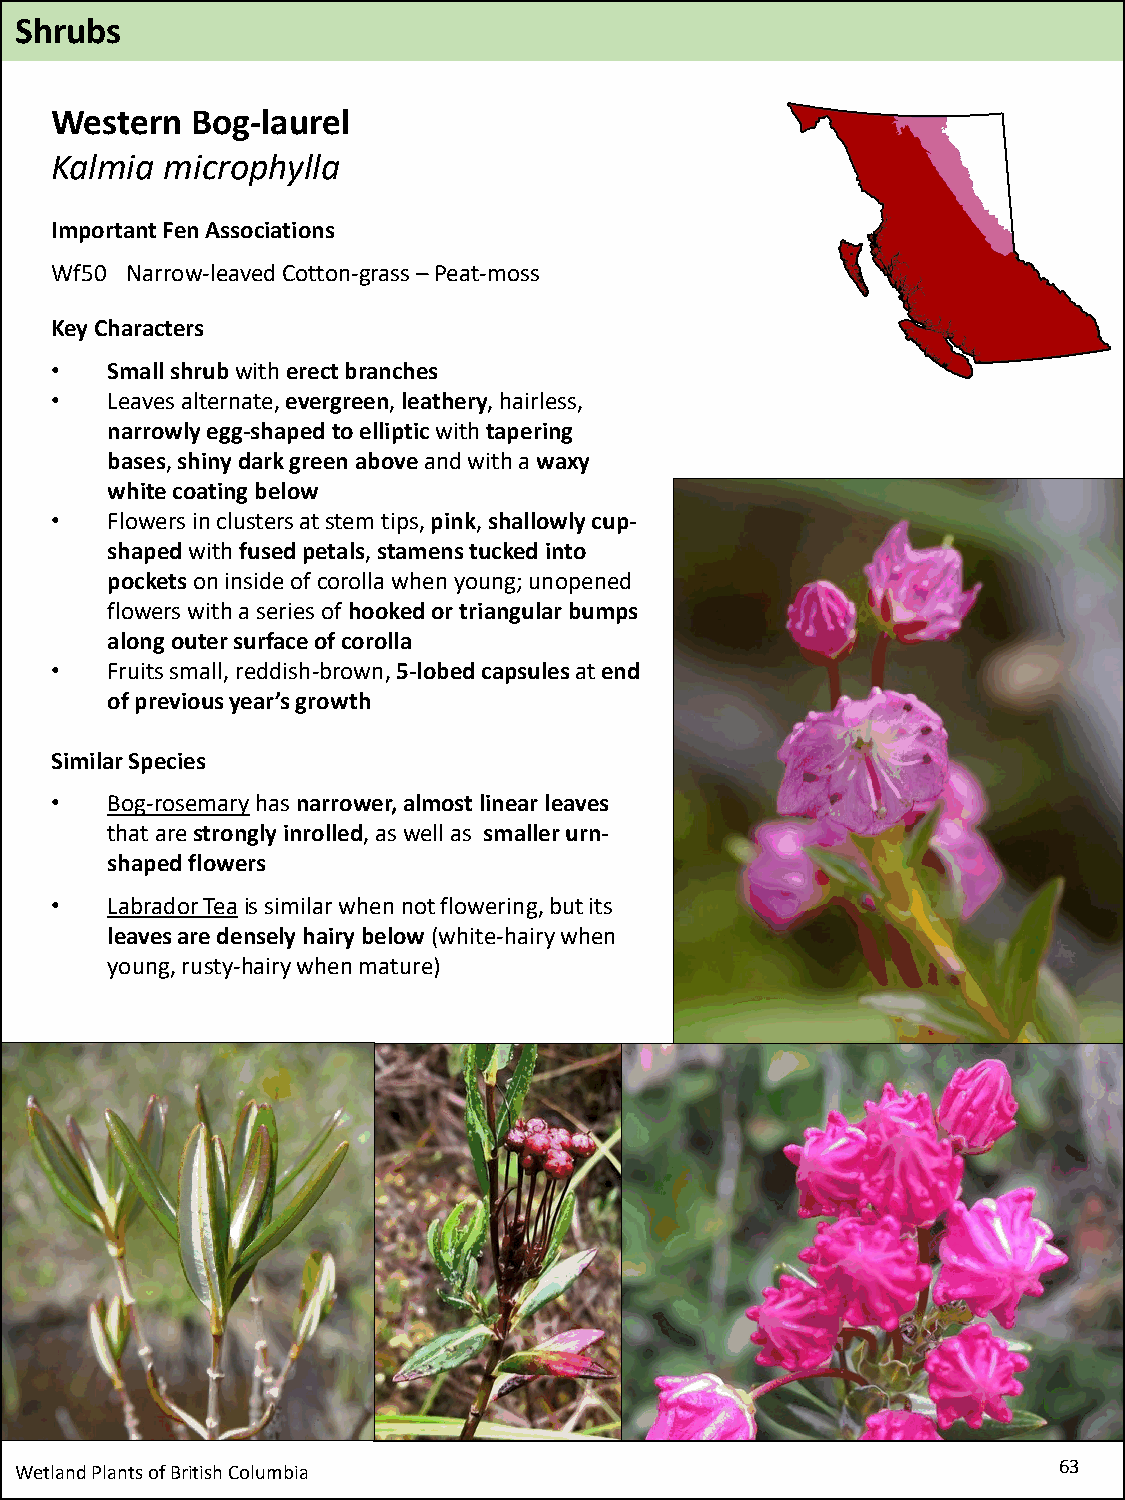
Shrubs
 Western   Bog-laurel
 Kalmia  microphylla
 Important Fen Associations
 Wf50 Narrow-leaved Cotton-grass –Peat-moss
 Key Characters
 •   Small shrubwith erect branches
 •   Leaves alternate, evergreen, leathery, hairless,
 narrowly egg-shaped to ellipticwith tapering
 bases, shiny dark green aboveand with a waxy
 white coating below
 •   Flowers in clusters at stem tips, pink, shallowly cup-
 shapedwith fused petals, stamens tucked into
 pocketson inside of corolla when young; unopened
 flowers with a series of hooked or triangular bumps
 along outer surface of corolla
 •   Fruits small, reddish-brown, 5-lobed capsules at end
 of previous year’s growth
 Similar Species
 •   Bog-rosemaryhas narrower, almost linear leaves
 that are strongly inrolled, as well as smaller urn-
 shaped flowers
 •   Labrador Teais similar when not flowering, but its
 leaves are densely hairy below (white-hairy when
 young, rusty-hairy when mature)
 Wetland Plants of British Columbia                                   63